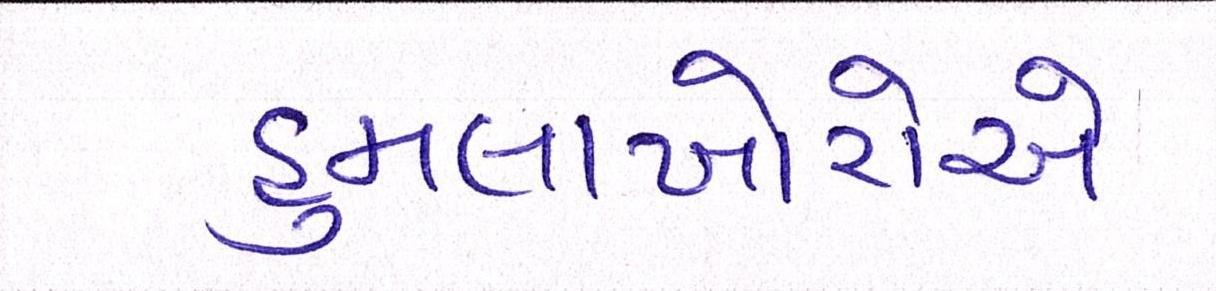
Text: હુમલાખોરોએ